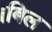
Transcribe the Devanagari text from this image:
।बिल